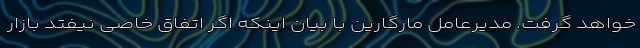
خواهد گرفت. مدیرعامل مارگارین با بیان اینکه اگر اتفاق خاصی نیفتد بازار